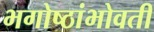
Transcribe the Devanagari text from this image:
भगोष्ठांभोवती